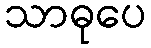
သာဓုပေ